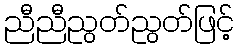
ညီညီညွတ်ညွတ်ဖြင့်